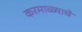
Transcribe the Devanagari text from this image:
करमाळ्याचे